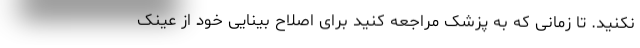
نکنید. تا زمانی که به پزشک مراجعه کنید برای اصلاح بینایی خود از عینک